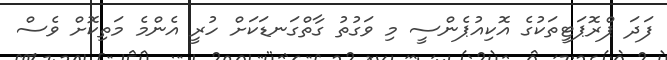
ފަދަ ޕްރޮޕަޓީތަކުގެ އޮކިއުޕެންސީ މި ވަގުތު ގާތްގަނޑަކަށް ހުރީ އެންމެ މަތިކޮށް ވެސް